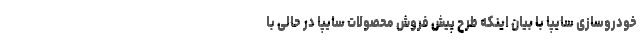
خودروسازی سایپا با بیان اینکه طرح پیش فروش محصولات سایپا در حالی با